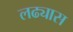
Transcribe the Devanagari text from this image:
लढ्यास